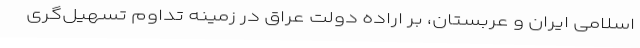
اسلامی ایران و عربستان، بر اراده دولت عراق در زمینه تداوم تسهیل‌گری